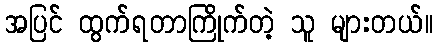
အပြင် ထွက်ရတာကြိုက်တဲ့ သူ များတယ်။